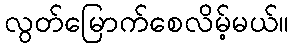
လွတ်မြောက်စေလိမ့်မယ်။